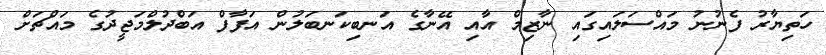
ހަތިޔާރު ފެނުނު މައްސަލައިގައި ނާޒިމް އާއި އޭނާގެ އަނބިކަނބަލުން އަފާފް އަބްދުލްމަޖީދުގެ މައްޗަށް